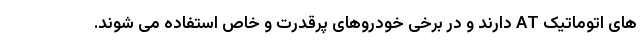
های اتوماتیک AT دارند و در برخی خودروهای پرقدرت و خاص استفاده می شوند.